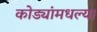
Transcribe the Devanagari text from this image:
कोड्यांमधल्या